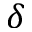
\delta